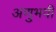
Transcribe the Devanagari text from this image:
अणुभवी